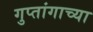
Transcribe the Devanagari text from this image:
गुप्तांगाच्या